Report on sanitation, dispensaries, and jails in Rajputana for 1920, and on vaccination for the year 1920-1921 - 1920-1921
Year: 1920
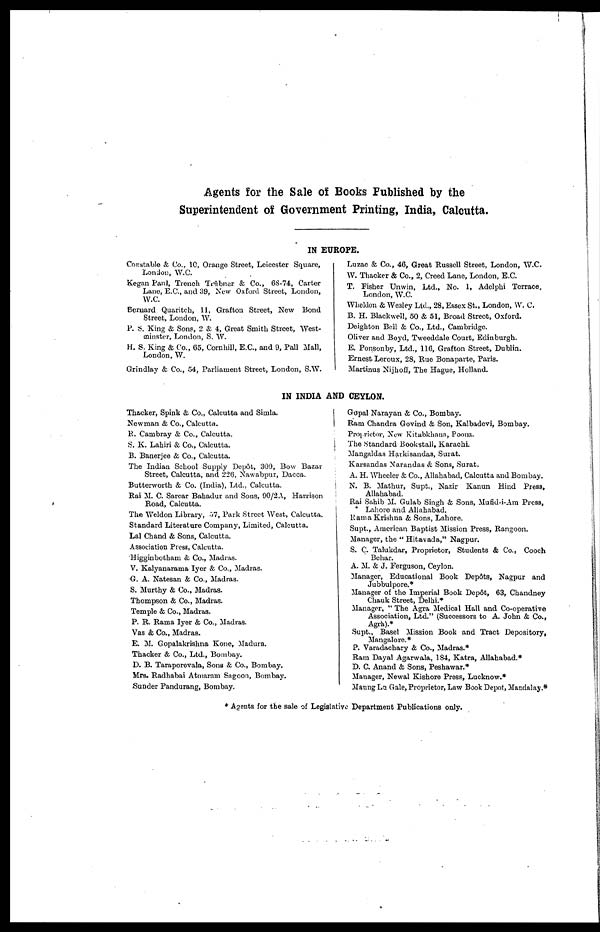
Agents for the Sale of Books Published by the
Superintendent of Government Printing, India, Calcutta.
IN EUROPE.
Constable & Co., 10, Orange Street, Leicester Square,
London, W.C.
Kegan Paul, Trench Trübner & Co., 68-74, Carter
Lane, E.C., and 39, New Oxford Street, London,
W.C.
Bernard Quaritch, 11, Grafton Street, New Bond
Street, London, W.
P. S. King & Sons, 2 & 4, Great Smith Street, West-
minster, London, S. W.
H. S. King & Co., 65, Cornhill, E.C., and 9, Pall Mall,
London, W.
Grindlay & Co., 54, Parliament Street, London, S.W.
Luzac & Co., 46, Great Russell Street, London, W.C.
W. Thacker & Co., 2, Creed Lane, London, E.C.
T. Fisher Unwin, Ltd., No. 1, Adolphi Terrace,
London, W.C.
Wheldon & Wesley Ltd., 28, Essex St., London, W. C.
B. H. Blackwell, 50 & 51, Broad Street, Oxford.
Deighton Bell & Co., Ltd., Cambridge.
Oliver and Boyd, Tweeddale Court, Edinburgh.
E. Ponsonby, Ltd., 116, Grafton Street, Dublin.
Ernest. Leroux, 28, Rue Bonaparte, Paris.
Martinus Nijhoff, The Hague, Holland.
IN INDIA AND CEYLON.
Thacker, Spink & Co., Calcutta and Simla.
Newman & Co., Calcutta.
R. Cambray & Co., Calcutta.
S. K. Lahiri & Co., Calcutta.
B. Banerjee & Co., Calcutta.
The Indian School Supply Depôt, 309, Bow Bazar
Street, Calcutta, and 226, Nawabpur, Dacca.
Butterworth & Co. (India), Ltd., Calcutta.
Rai M. C. Sarcar Bahadur and Sons, 90/2A, Harrison
Road, Calcutta.
The Weldon Library, 57, Park Street West, Calcutta.
Standard Literature Company, Limited, Calcutta.
Lal Chand & Sons, Calcutta.
Association Press, Calcutta.
Higginbotham & Co., Madras.
V. Kalyanarama Iyer & Co., Madras.
G. A. Natesan & Co., Madras.
S. Murthy & Co., Madras.
Thompson & Co., Madras.
Temple & Co., Madras.
P. R. Rama Iyer & Co., Madras.
Vas & Co., Madras.
E. M. Gopalakrishna Kone, Madura.
Thacker & Co., Ltd., Bombay.
D. B. Taraporevala, Sons & Co., Bombay.
Mrs. Radhabai Atmaram Sagoon, Bombay.
Sunder Pandurang, Bombay.
Gopal Narayan & Co., Bombay.
Ram Chandra Govind & Son, Kalbadevi, Bombay.
Proprietor, New Kitabkhana, Poona.
The Standard Bookstall, Karachi.
Mangaldas Harkisandas, Surat.
Karsandas Narandas & Sons, Surat.
A. H. Wheeler & Co., Allahabad, Calcutta and Bombay.
N. B. Mathur, Supt., Nazir Kanun Hind Press,
Allahabad.
Rai Sahib M. Gulab Singh & Sons, Mufid-i-Am Press,
* Lahore and Allahabad.
Rama Krishna & Sons, Lahore.
Supt., American Baptist Mission Press, Rangoon.
Manager, the " Hitavada," Nagpur.
S. C. Talukdar, Proprietor, Students & Co., Cooch
Behar.
A. M. & J. Ferguson, Ceylon.
Manager, Educational Book Depôts, Nagpur and
Jubbulpore.*
Manager of the Imperial Book Depôt, 63, Chandney
Chauk Street, Delhi.*
Manager, " The Agra Medical Hall and Co-operative
Association, Ltd." (Successors to A. John & Co.,
Agra).*
Supt., Basel Mission Book and Tract Depository,
Mangalore.*
P. Varadachary & Co., Madras.*
Ram Dayal Agarwala, 184, Katra, Allahabad.*
D. C. Anand & Sons, Peshawar.*
Manager, Newal Kishore Press, Lucknow.*
Maung La Gale, Proprietor, Law Book Depot, Mandalay.*
* Agents for the sale of Legislative Department Publications only.